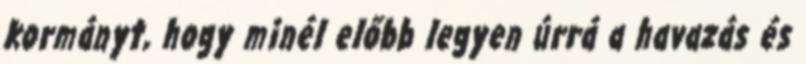
kormányt, hogy minél előbb legyen úrrá a havazás és